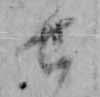
せ